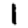
Digit: 1